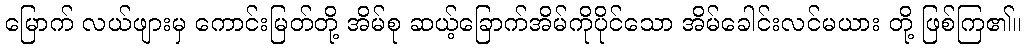
မြောက် လယ်ဖျားမှ ကောင်းမြတ်တို့ အိမ်စု ဆယ့်ခြောက်အိမ်ကိုပိုင်သော အိမ်ခေါင်းလင်မယား တို့ ဖြစ်ကြ၏။